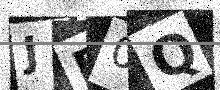
Text: JB0Q